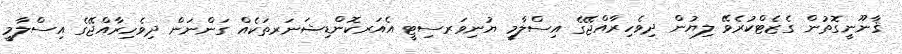
ޤާނޫނީގޮތުން ގެޒެޓްކުރެވޭ ލިޔުން ދިވެހިރާއްޖޭގެ އިސްލާމީ ޔުނިވަރސިޓީ އެއަރކޮންޑިޝަނަރތަކެއް ގަންނަން ދިވެހިރާއްޖޭގެ އިސްލާމީ